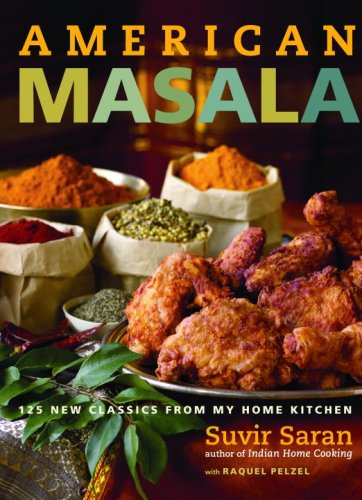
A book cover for American Masala: 125 New Classics from My Home Kitchen; Suvir Saran; Cookbooks, Food & Wine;